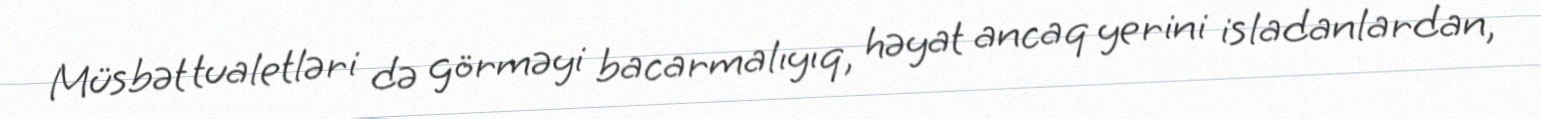
Müsbət tualetləri də görməyi bacarmalıyıq, həyat ancaq yerini isladanlardan,